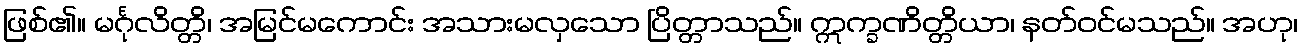
ဖြစ်၏။ မင်္ဂုလိတ္တိ၊ အမြင်မကောင်း အသားမလှသော ပြိတ္တာသည်။ ဣက္ခဏိတ္တိယာ၊ နတ်ဝင်မသည်။ အဟု၊